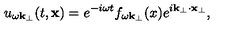
u _ { \omega \bf k _ { \perp } } ( t , { \bf x } ) = e ^ { - i \omega t } f _ { \omega { \bf k } _ { \perp } } ( x ) e ^ { i { \bf k } _ { \perp } \cdot { \bf x } _ { \perp } } ,